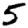
Digit: 5